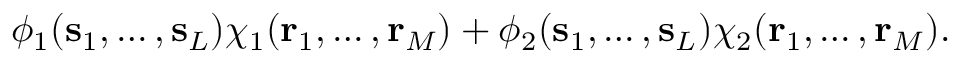
\begin{array} { r } { \phi _ { 1 } ( \mathbf { s } _ { 1 } , \ldots , \mathbf { s } _ { L } ) \chi _ { 1 } ( \mathbf { r } _ { 1 } , \ldots , \mathbf { r } _ { M } ) + \phi _ { 2 } ( \mathbf { s } _ { 1 } , \ldots , \mathbf { s } _ { L } ) \chi _ { 2 } ( \mathbf { r } _ { 1 } , \ldots , \mathbf { r } _ { M } ) . } \end{array}